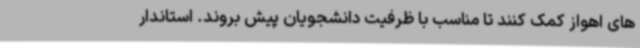
های اهواز کمک کنند تا مناسب با ظرفیت دانشجویان پیش بروند. استاندار